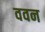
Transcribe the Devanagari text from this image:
ववन